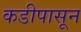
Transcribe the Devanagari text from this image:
कडीपासून